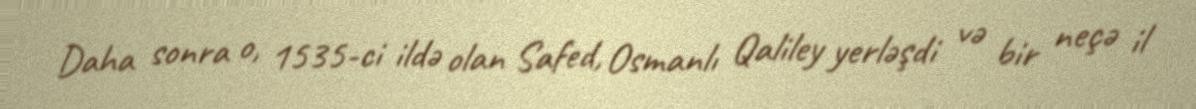
Daha sonra o, 1535-ci ildə olan Safed, Osmanlı Qaliley yerləşdi və bir neçə il